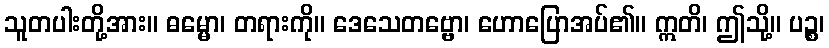
သူတပါးတို့အား။ ဓမ္မော၊ တရားကို။ ဒေသေတဗ္ဗော၊ ဟောပြောအပ်၏။ ဣတိ၊ ဤသို့။ ပဉ္စ၊